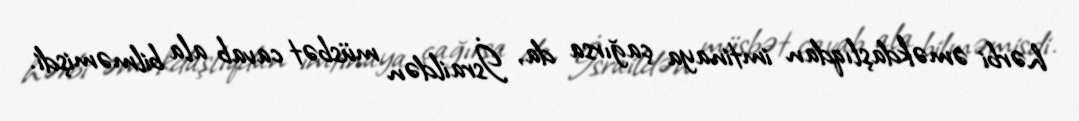
hərbi əməkdaşlıqdan imtinaya çağırsa da, İsraildən müsbət cavab ala bilməmişdi.